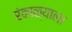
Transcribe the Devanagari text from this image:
रंकाळ्याला